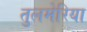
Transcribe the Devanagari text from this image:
तुलमेरिया